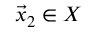
{ \vec { x } } _ { 2 } \in X